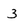
Character: 3